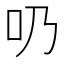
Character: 𠮨